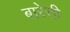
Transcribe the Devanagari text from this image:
बारेत्ती